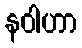
နဝါဟာ